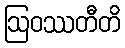
ဩဝဿတီတိ